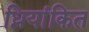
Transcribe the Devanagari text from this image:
ध्नियांकित